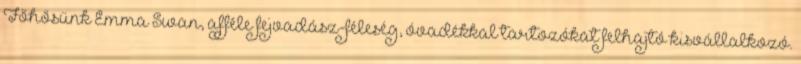
Főhősünk Emma Swan, afféle fejvadász-féleség, óvadékkal tartozókat felhajtó kisvállalkozó.